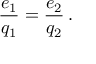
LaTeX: \frac { e _ { 1 } } { q _ { 1 } } = \frac { e _ { 2 } } { q _ { 2 } } \, .